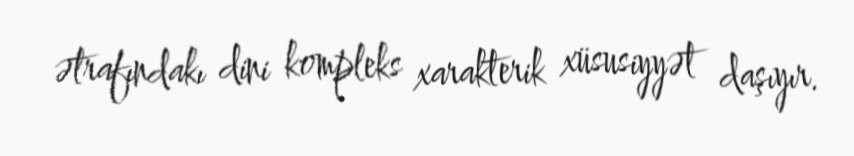
ətrafındakı dini kompleks xarakterik xüsusiyyət daşıyır.